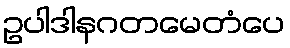
ဥပါဒါနဂတမေတံပေ